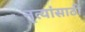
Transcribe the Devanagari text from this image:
नृत्यांसाठी